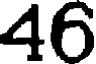
46